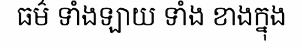
ធម៌ ទាំងឡាយ ទាំង ខាងក្នុង